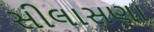
સીલાસણા